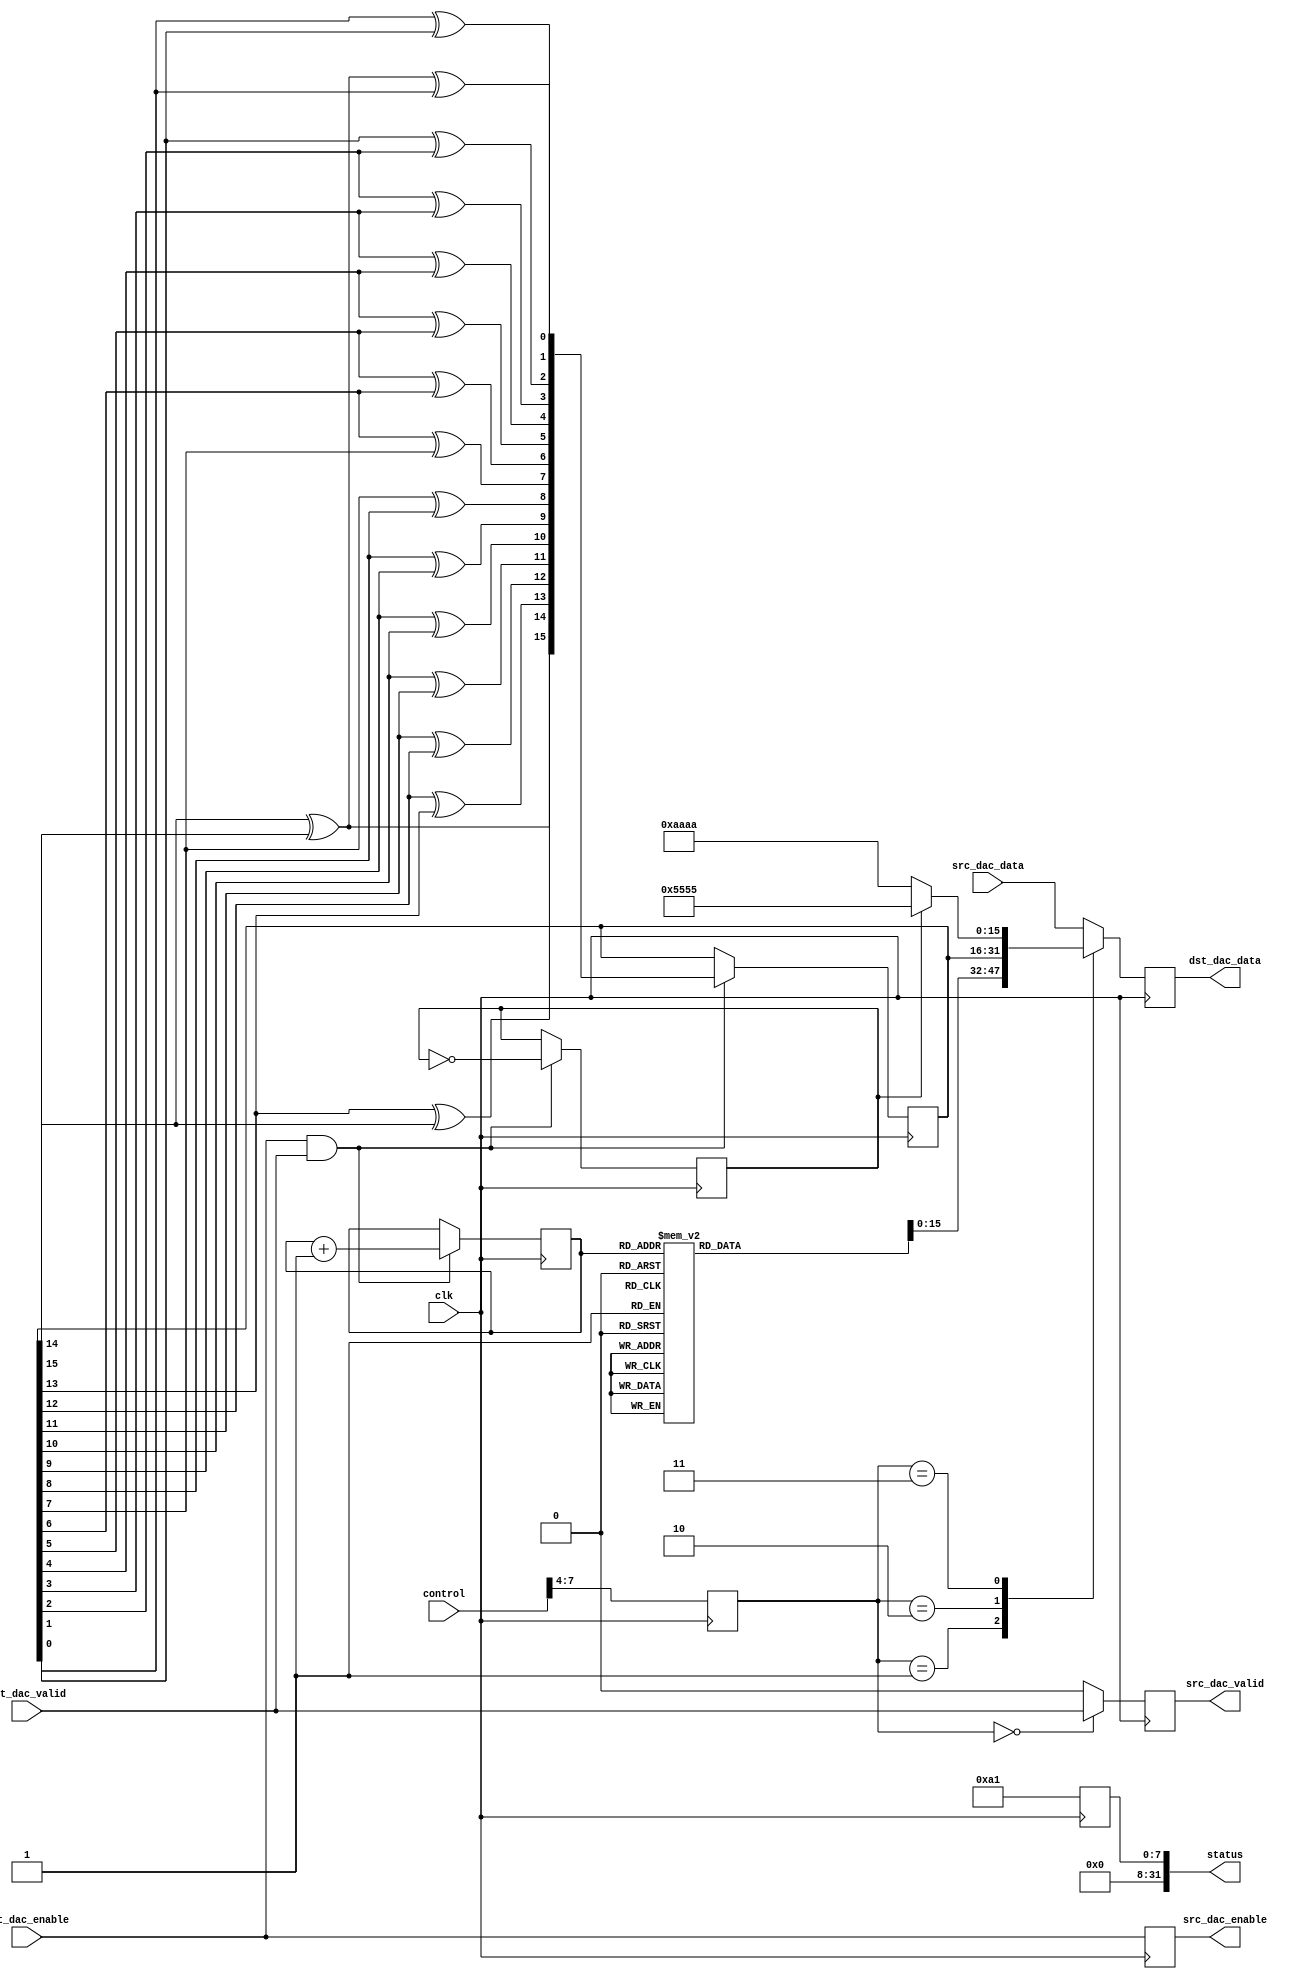
module prcfg_dac_1(
  clk,
  control,
  status,
  src_dac_enable,
  src_dac_data,
  src_dac_valid,
  dst_dac_enable,
  dst_dac_data,
  dst_dac_valid
);
  localparam  RP_ID      = 8'hA1;
  parameter   CHANNEL_ID = 0;
  input             clk;
  input   [31:0]    control;
  output  [31:0]    status;
  output            src_dac_enable;
  input   [15:0]    src_dac_data;
  output            src_dac_valid;
  input             dst_dac_enable;
  output  [15:0]    dst_dac_data;
  input             dst_dac_valid;
  reg     [15:0]    dst_dac_data   = 0;
  reg               src_dac_valid  = 0;
  reg               src_dac_enable = 0;
  reg     [15:0]    dac_prbs       = 32'hA2F19C;
  reg     [31:0]    status         = 0;
  reg     [ 2:0]    counter        = 0;
  reg               pattern        = 0;
  reg     [15:0]    sin_tone       = 0;
  reg     [15:0]    cos_tone       = 0;
  reg     [ 3:0]    mode;
  wire    [15:0]    dac_pattern_s;
  function [15:0] pn;
    input [15:0] din;
    reg   [15:0] dout;
    begin
      dout[15] = din[14] ^ din[15];
      dout[14] = din[13] ^ din[14];
      dout[13] = din[12] ^ din[13];
      dout[12] = din[11] ^ din[12];
      dout[11] = din[10] ^ din[11];
      dout[10] = din[ 9] ^ din[10];
      dout[ 9] = din[ 8] ^ din[ 9];
      dout[ 8] = din[ 7] ^ din[ 8];
      dout[ 7] = din[ 6] ^ din[ 7];
      dout[ 6] = din[ 5] ^ din[ 6];
      dout[ 5] = din[ 4] ^ din[ 5];
      dout[ 4] = din[ 3] ^ din[ 4];
      dout[ 3] = din[ 2] ^ din[ 3];
      dout[ 2] = din[ 1] ^ din[ 2];
      dout[ 1] = din[ 0] ^ din[ 1];
      dout[ 0] = din[14] ^ din[15] ^ din[ 0];
      pn = dout;
    end
  endfunction
  always @(posedge clk) begin
    status <= {24'h0, RP_ID};
    mode   <= control[7:4];
  end
  always @(posedge clk) begin
    if ((dst_dac_enable == 1'h1) && (dst_dac_valid == 1'h1)) begin
      counter <= counter + 1;
    end
  end
  always @(counter) begin
    case(counter)
      3'd0  : begin
                sin_tone <= 16'h0000;
                cos_tone <= 16'h7FFF;
              end
      3'd1  : begin
                sin_tone <= 16'h5A82;
                cos_tone <= 16'h5A82;
              end
      3'd2  : begin
                sin_tone <= 16'h7FFF;
                cos_tone <= 16'h0000;
              end
      3'd3  : begin
                sin_tone <= 16'h5A82;
                cos_tone <= 16'hA57E;
              end
      3'd4  : begin
                sin_tone <= 16'h0000;
                cos_tone <= 16'h8001;
              end
      3'd5  : begin
                sin_tone <= 16'hA57E;
                cos_tone <= 16'hA57E;
              end
      3'd6  : begin
                sin_tone <= 16'h8001;
                cos_tone <= 16'h0000;
              end
      3'd7  : begin
                sin_tone <= 16'hA57E;
                cos_tone <= 16'h5A82;
              end
    endcase
  end
  always @(posedge clk) begin
    if((dst_dac_enable == 1'h1) && (dst_dac_valid == 1'h1)) begin
      dac_prbs <= pn(dac_prbs);
    end
  end
  always @(posedge clk) begin
    if((dst_dac_enable == 1'h1) && (dst_dac_valid == 1'h1)) begin
      pattern <= ~pattern;
    end
  end
  assign dac_pattern_s = (pattern == 1'h1) ? 16'h5555 : 16'hAAAA;
  always @(posedge clk) begin
    src_dac_enable <= dst_dac_enable;
    src_dac_valid  <= (mode == 0) ? dst_dac_valid  : 1'b0;
  end
  always @(posedge clk) begin
    case(mode)
      4'h0    : begin
                  dst_dac_data <= src_dac_data;
                end
      4'h1    : begin
                  dst_dac_data <= {cos_tone, sin_tone};
                end
      4'h2    : begin
                  dst_dac_data <= dac_prbs;
                end
      4'h3    : begin
                  dst_dac_data <= dac_pattern_s;
                end
      default : begin
                  dst_dac_data <= src_dac_data;
                end
    endcase
  end
endmodule